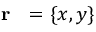
\mathrm { ~ { ~ \bf ~ r ~ } ~ } = \{ x , y \}